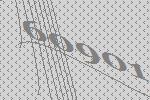
60901